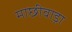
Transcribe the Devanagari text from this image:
माछीवाड़ा